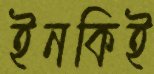
ইনকিই